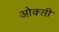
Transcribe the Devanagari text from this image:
ओक्सी